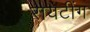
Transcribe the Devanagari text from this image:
रायटींग